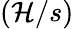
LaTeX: (\mathcal{H}/s)